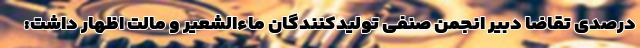
درصدی تقاضا دبیر انجمن صنفی تولیدکنندگان ماءالشعیر و مالت اظهار داشت: